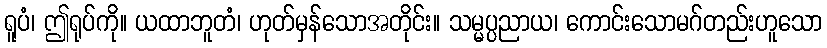
ရူပံ၊ ဤရုပ်ကို။ ယထာဘူတံ၊ ဟုတ်မှန်သောအတိုင်း။ သမ္မပ္ပညာယ၊ ကောင်းသောမဂ်တည်းဟူသော